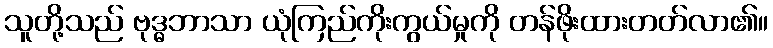
သူတို့သည် ဗုဒ္ဓဘာသာ ယုံကြည်ကိုးကွယ်မှုကို တန်ဖိုးထားတတ်လာ၏။